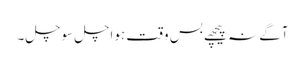
آگے نہ پیچھے بس وقت ہواچل سوچل۔